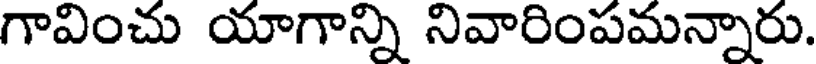
గావించు యాగాన్ని నివారింపమన్నారు.